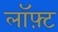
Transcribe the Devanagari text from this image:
लॉफ़्ट